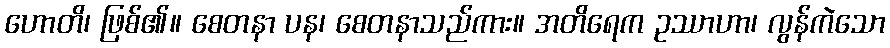
ဟောတိ၊ ဖြစ်၏။ စေတနာ ပန၊ စေတနာသည်ကား။ အတိရေက ဥဿာဟာ၊ လွန်ကဲသော